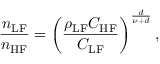
\frac { n _ { \mathrm { L F } } } { n _ { \mathrm { H F } } } = \left( \frac { \rho _ { \mathrm { L F } } C _ { \mathrm { H F } } } { C _ { \mathrm { L F } } } \right) ^ { \frac { d } { \nu + d } } ,